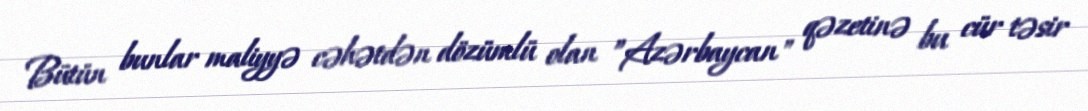
Bütün bunlar maliyyə cəhətdən dözümlü olan ”Azərbaycan" qəzetinə bu cür təsir